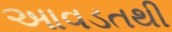
આવડતથી